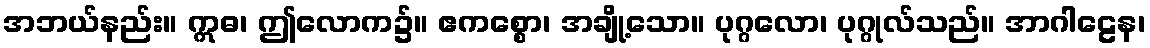
အဘယ်နည်း။ ဣဓ၊ ဤလောက၌။ ဧကစ္စော၊ အချို့သော။ ပုဂ္ဂလော၊ ပုဂ္ဂုလ်သည်။ အာဂါဠေန၊